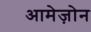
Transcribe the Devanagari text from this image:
आमेज़ोन